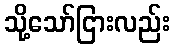
သို့သော်ငြားလည်း